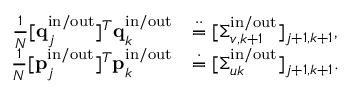
\begin{array} { r l } { \frac { 1 } { N } [ \mathbf { q } _ { j } ^ { \mathrm { i n } / \mathrm { o u t } } ] ^ { T } \mathbf { q } _ { k } ^ { \mathrm { i n } / \mathrm { o u t } } } & { \stackrel { \cdot \cdot } { = } [ \boldsymbol { \Sigma } _ { v , k + 1 } ^ { \mathrm { i n } / \mathrm { o u t } } ] _ { j + 1 , k + 1 } , } \\ { \frac { 1 } { N } [ \mathbf { p } _ { j } ^ { \mathrm { i n } / \mathrm { o u t } } ] ^ { T } \mathbf { p } _ { k } ^ { \mathrm { i n } / \mathrm { o u t } } } & { \stackrel { \cdot } { = } [ \boldsymbol { \Sigma } _ { u k } ^ { \mathrm { i n } / \mathrm { o u t } } ] _ { j + 1 , k + 1 } . } \end{array}